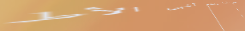
مطعم الأرز يقدم أشهى الأط